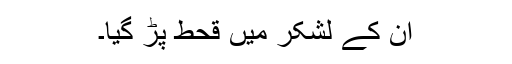
ان کے لشکر میں قحط پڑ گیا۔